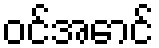
ဝင်အောင်